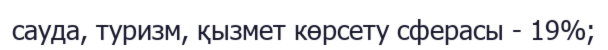
сауда, туризм, қызмет көрсету сферасы - 19%;